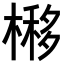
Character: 𣘵